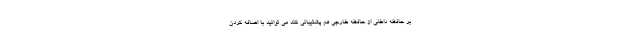
بر حافظه داخلی از حافظه خارجی هم پشتیبانی کند می توانید با اضافه کردن